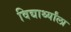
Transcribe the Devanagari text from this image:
विद्यार्थ्यांला